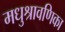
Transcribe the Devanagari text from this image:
मधुश्रावणिका